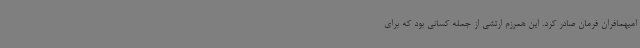
امیهمافران فرمان صادر کرد. این همرزم ارتشی از جمله کسانی بود که برای